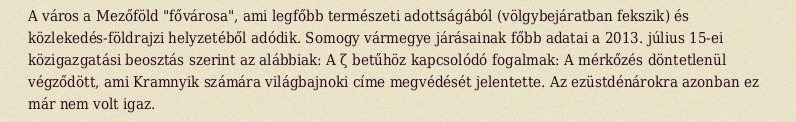
A város a Mezőföld "fővárosa", ami legfőbb természeti adottságából (völgybejáratban fekszik) és közlekedés-földrajzi helyzetéből adódik. Somogy vármegye járásainak főbb adatai a 2013. július 15-ei közigazgatási beosztás szerint az alábbiak: A ζ betűhöz kapcsolódó fogalmak: A mérkőzés döntetlenül végződött, ami Kramnyik számára világbajnoki címe megvédését jelentette. Az ezüstdénárokra azonban ez már nem volt igaz.